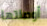
أوصلتها